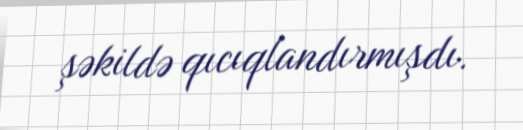
şəkildə qıcıqlandırmışdı.